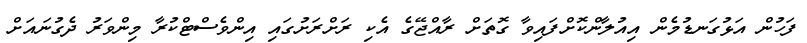
ފަހުން އަޅުގަނޑުމެން އިއުލާންކޮށްފައިވާ ގޮތަށް ރާއްޖޭގެ އެކި ރަށްރަށުގައި އިންވެސްޓްކުރާ މިންވަރު ދެގުނައަށް